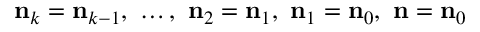
{ \bf n } _ { k } = { \bf n } _ { k - 1 } , ~ \ldots , ~ { \bf n } _ { 2 } = { \bf n } _ { 1 } , ~ { \bf n } _ { 1 } = { \bf n } _ { 0 } , ~ { \bf n } = { \bf n } _ { 0 }